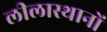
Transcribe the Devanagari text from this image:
लीलास्थानों